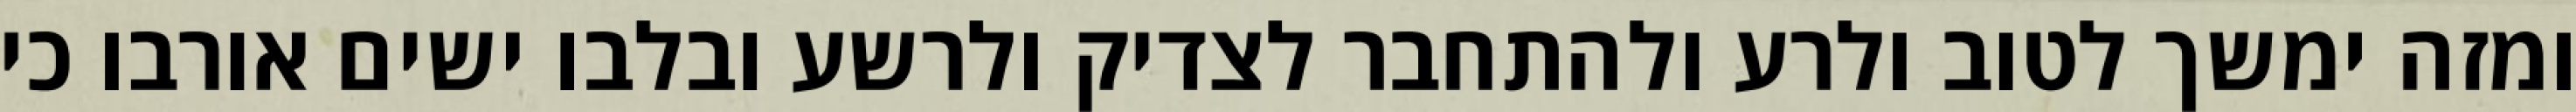
ומזה ימשך לטוב ולרע ולהתחבר לצדיק ולרשע ובלבו ישים אורבו כי